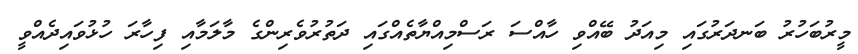
މީރުބަހުރު ބަނދަރުގައި މިއަދު ބޭއްވި ހާއްސަ ރަސްމިއްޔާތެއްގައި ދަތުރުވެރިންގެ މާލަމާއި ފިހާރަ ހުޅުވައިދެއްވީ